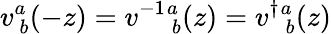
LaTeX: v_{~b}^{a}(-z)=v^{-1}{}_{~b}^{a}(z)=v^{\dagger}{}_{~b}^{a}(z)